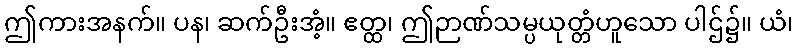
ဤကားအနက်။ ပန၊ ဆက်ဦးအံ့။ ဧတ္ထ၊ ဤဉာဏ်သမ္ပယုတ္တံဟူသော ပါဌ်၌။ ယံ၊